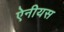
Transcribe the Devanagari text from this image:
ऐनीयस